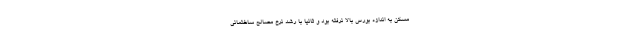
مسکن به اندازه بورس بالا نرفته بود و ثانیا با رشد نرخ مصالح ساختمانی